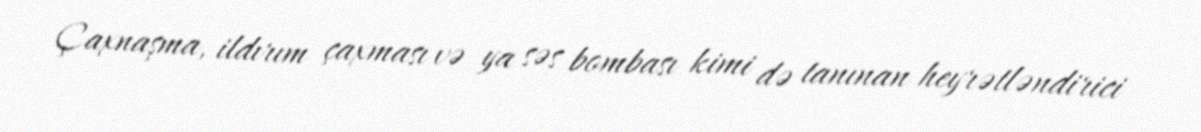
Çaxnaşma, ildırım çaxması və ya səs bombası kimi də tanınan heyrətləndirici